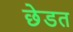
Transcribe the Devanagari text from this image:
छेडत